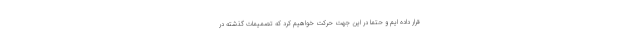
قرار داده ایم و حتما در این جهت حرکت خواهیم کرد که تصمیمات گذشته در